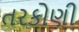
તરકોણી